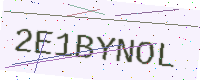
Text: 2E1BYNOL